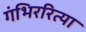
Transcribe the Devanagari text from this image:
गंभिररित्या